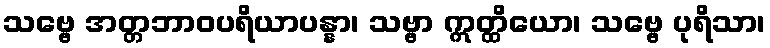
သဗ္ဗေ အတ္တဘာဝပရိယာပန္နာ၊ သဗ္ဗာ ဣတ္ထိယော၊ သဗ္ဗေ ပုရိသာ၊